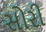
સોરી